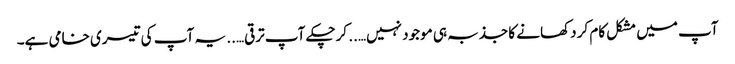
آپ میں مشکل کام کر دکھانے کا جذبہ ہی موجود نہیں….. کرچکے آپ ترقی….. یہ آپ کی تیسری خامی ہے۔